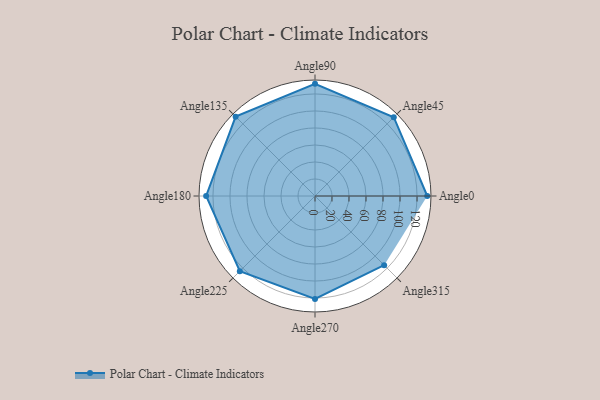
{"axis": {"x": "Angle", "y": "Radius"}, "legend": [""], "data": [{"x": "Angle0", "y": 132.0, "type": ""}, {"x": "Angle45", "y": 131.0, "type": ""}, {"x": "Angle90", "y": 132.0, "type": ""}, {"x": "Angle135", "y": 132.0, "type": ""}, {"x": "Angle180", "y": 128.0, "type": ""}, {"x": "Angle225", "y": 125.0, "type": ""}, {"x": "Angle270", "y": 121.0, "type": ""}, {"x": "Angle315", "y": 115.0, "type": ""}]}